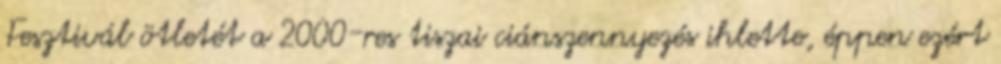
Fesztivál ötletét a 2000-res tiszai ciánszennyezés ihlette, éppen ezért